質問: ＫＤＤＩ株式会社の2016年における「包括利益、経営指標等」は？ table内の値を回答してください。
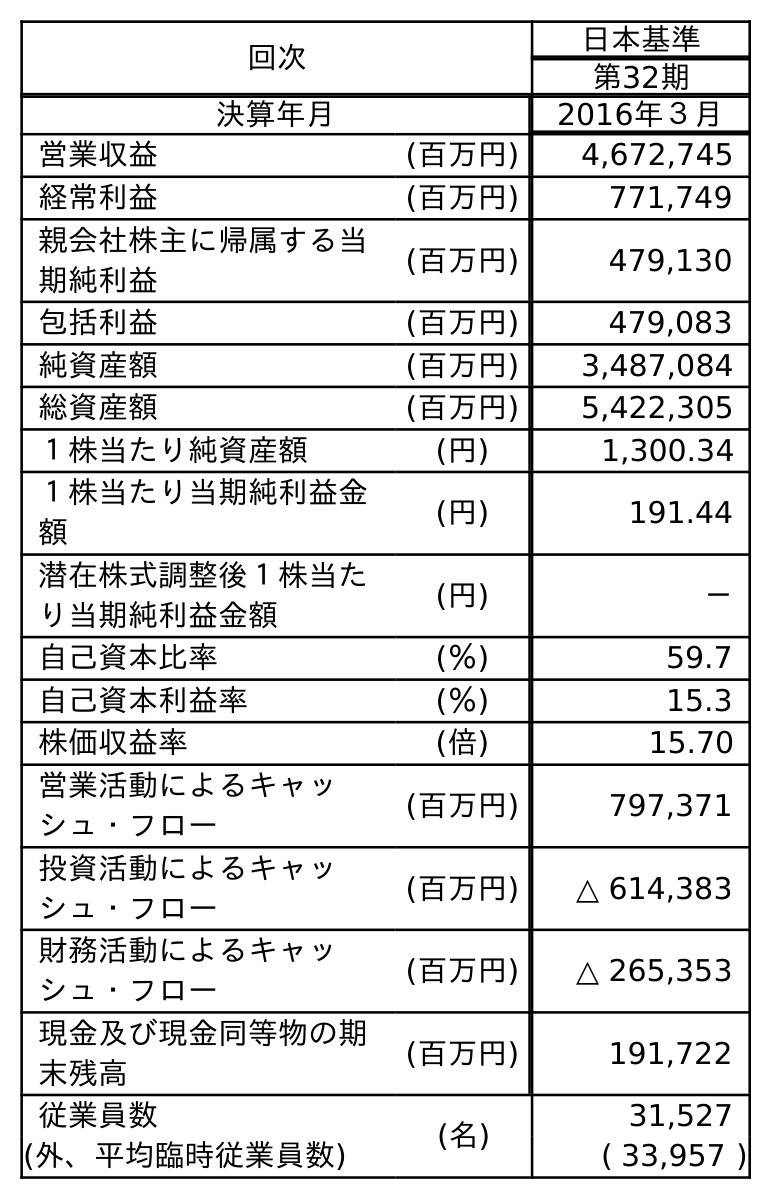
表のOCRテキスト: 回次 日本基準 第32期 決算年月 2016年３月 営業収益 (百万円) 4,672,745 経常利益 (百万円) 771,749 親会社株主に帰属する当 期純利益 (百万円) 479,130 包括利益 (百万円) 479,083 純資産額 (百万円) 3,487,084 総資産額 (百万円) 5,422,305 １株当たり純資産額 (円) 1,300.34 １株当たり当期純利益金 額 (円) 191.44 潜在株式調整後１株当た り当期純利益金額 (円) － 自己資本比率 (％) 59.7 自己資本利益率 (％) 15.3 株価収益率 (倍) 15.70 営業活動によるキャッ シュ・フロー (百万円) 797,371 投資活動によるキャッ シュ・フロー (百万円) △ 614,383 財務活動によるキャッ シュ・フロー (百万円) △ 265,353 現金及び現金同等物の期 末残高 (百万円) 191,722 従業員数 (名) 31,527 (外、平均臨時従業員数) ( 33,957 )
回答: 479,083